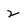
Character: 2